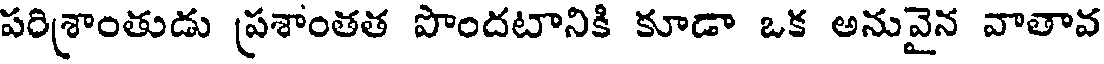
పరిశ్రాంతుడు ప్రశాంతత పొందటానికి కూడా ఒక అనువైన వాతావ